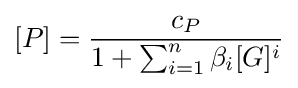
[P]={\frac {c_{P}}{1+\sum _{i=1}^{n}{\beta _{i}[G]^{i}}}}